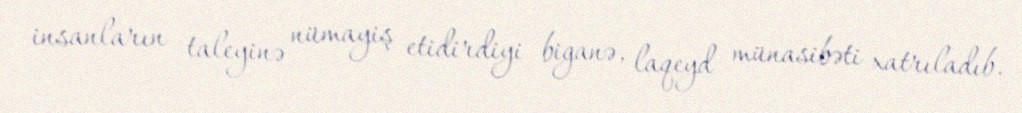
insanların taleyinə nümayiş etidirdiyi biganə, laqeyd münasibəti xatrıladıb.